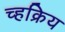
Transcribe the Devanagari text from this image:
च्हक्रिय